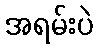
အရမ်းပဲ